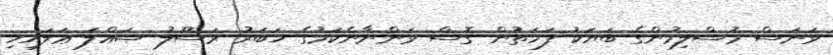
ވަނަސް މުސްލިމުންގެ ބަޔަކު ފަހަތުން ގޮސް ވަންނާނެކަމުގެ ޚަބަރު ރަސޫލު ޞައްލަ ޢަލައިހި